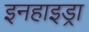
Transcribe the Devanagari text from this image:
इनहाइड्रा